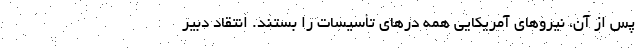
پس از آن، نیروهای آمریکایی همه درهای تأسیسات را بستند. انتقاد دبیر